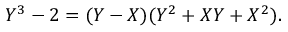
Y ^ { 3 } - 2 = ( Y - X ) ( Y ^ { 2 } + X Y + X ^ { 2 } ) .